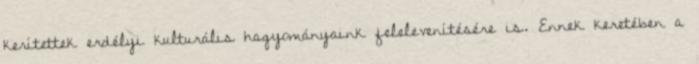
kerítettek erdélyi kulturális hagyományaink felelevenítésére is. Ennek keretében a